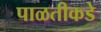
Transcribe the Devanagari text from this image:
पाळतीकडे